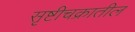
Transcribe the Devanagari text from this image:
सृष्टीचक्रातील